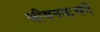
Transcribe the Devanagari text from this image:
जीवनकथने